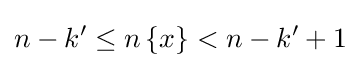
n-k'\leq n\,\{x\}<n-k'+1